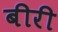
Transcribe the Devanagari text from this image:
बीरी